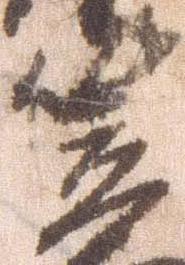
笠